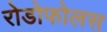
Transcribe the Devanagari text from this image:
रोडोफोलस